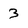
Character: 3